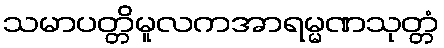
သမာပတ္တိမူလကအာရမ္မဏသုတ္တံ